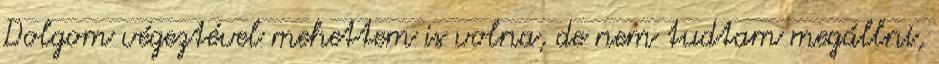
Dolgom végeztével mehettem is volna, de nem tudtam megállni,